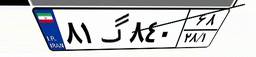
۲۴گ۴۲۷۸۹